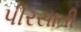
પીરસાતી